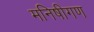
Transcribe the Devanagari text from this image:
मनिषीगण